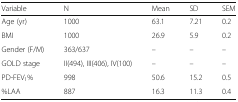
| Variable | N | Mean | SD | SEM |
 | --- | --- | --- | --- | --- |
 | Age (yr) | 1000 | 63.1 | 7.21 | 0.2 |
 | BMI | 1000 | 26.9 | 5.9 | 0.2 |
 | Gender (F/M) | 363/637 | – | – | – |
 | GOLD stage | II(494), III(406), IV(100) | – | – | – |
 | PD-FEV1% | 998 | 50.6 | 15.2 | 0.5 |
 | %LAA | 887 | 16.3 | 11.3 | 0.4 |